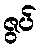
ဇွပ်